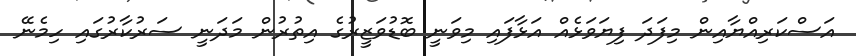
އަސްކަރިއްޔާއިން މިފަދަ ފިޔަވަޅެއް އަޅާފައި މިވަނީ ބޮޑުވަޒީރުގެ އިތުރުން މަދަނީ ސަރުކާރުގައި ހިމެނޭ